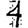
Digit: 4